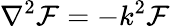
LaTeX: \nabla^{2}\mathcal{F}=-k^{2}\mathcal{F}